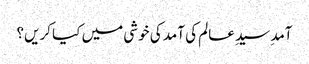
آمدِ سیدِ عالم کی آمد کی خوشی میں کیا کریں؟